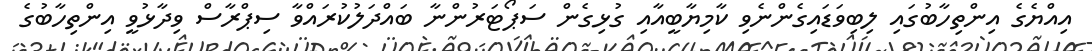
އިއްޔެގެ އިންތިހާބުގައި ލިބިވަޑައިގެންނެވި ކާމިޔާބީއާއި ގުޅިގެން ސަޕޯޓަރުންނާ ބައްދަލުކުރައްވާ ސިޕްރާސް ވިދާޅުވީ އިންތިހާބުގެ